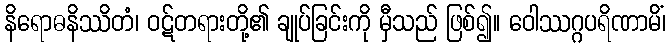
နိရောဓနိဿိတံ၊ ဝဋ်တရားတို့၏ ချုပ်ခြင်းကို မှီသည် ဖြစ်၍။ ဝေါဿဂ္ဂပရိဏာမိံ၊